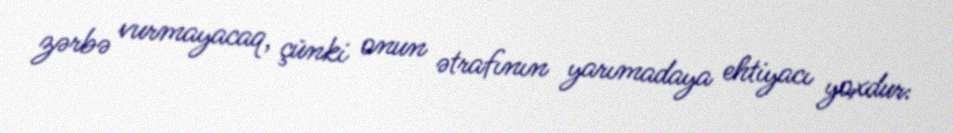
zərbə vurmayacaq, çünki onun ətrafının yarımadaya ehtiyacı yoxdur: